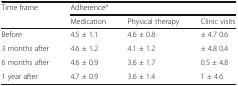
<table><thead><tr><td rowspan="2"><b>Time frame</b></td><td colspan="3"><b>Adherence<sup>a</sup></b></td></tr><tr><td><b>Medication</b></td><td><b>Physical therapy</b></td><td><b>Clinic visits</b></td></tr></thead><tbody><tr><td>Before</td><td>4.5 ± 1.1</td><td>4.6 ± 0.8</td><td>± 4.7 0.6</td></tr><tr><td>3 months after</td><td>4.6 ± 1.2</td><td>4.1 ± 1.2</td><td>± 4.8 0.4</td></tr><tr><td>6 months after</td><td>4.6 ± 0.9</td><td>3.6 ± 1.7</td><td>0.5 ± 4.8</td></tr><tr><td>1 year after</td><td>4.7 ± 0.9</td><td>3.6 ± 1.4</td><td>1 ± 4.6</td></tr></tbody></table>